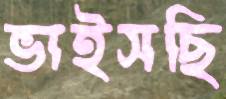
ভাইসছি